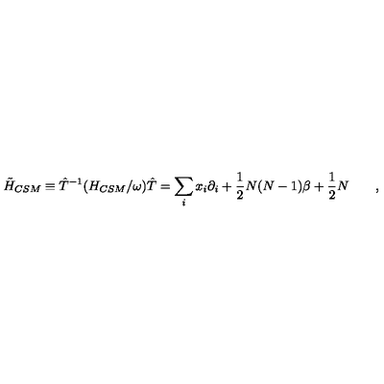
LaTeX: \tilde { H } _ { C S M } \equiv { \hat { T } ^ { - 1 } } ( H _ { C S M } / \omega ) \hat { T } = \sum _ { i } x _ { i } \partial _ { i } + \frac { 1 } { 2 } N ( N - 1 ) \beta + \frac { 1 } { 2 } N \qquad ,